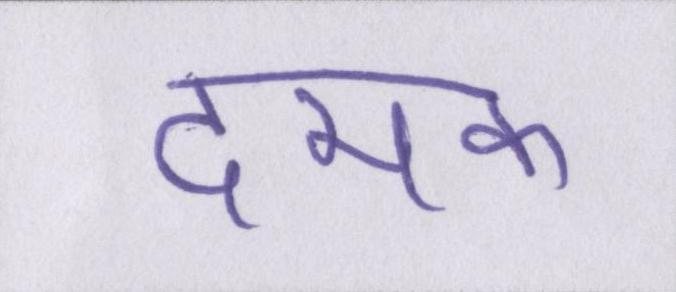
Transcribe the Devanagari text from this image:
दमक